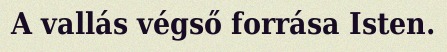
A vallás végső forrása Isten.